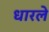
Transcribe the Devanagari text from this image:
धारले